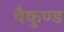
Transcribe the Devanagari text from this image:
वैकुण्ड